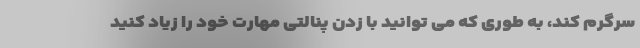
سرگرم کند، به طوری که می توانید با زدن پنالتی مهارت خود را زیاد کنید